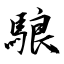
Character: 駺